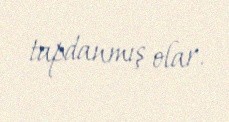
tapdanmış olar.